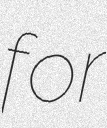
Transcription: for